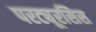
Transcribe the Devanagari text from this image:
परट्यूरसिस